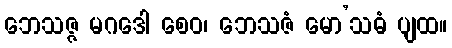
ဘေသဇ္ဇ မဂဒေါ စေဝ၊ ဘေသဇံ မော’သဓံ ပျထ။